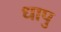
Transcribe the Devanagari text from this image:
धापु